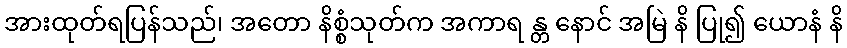
အားထုတ်ရပြန်သည်၊ အတော နိစ္စံသုတ်က အကာရ န္တ နောင် အမြဲ နိ ပြု၍ ယောနံ နိ